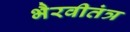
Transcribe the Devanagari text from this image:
भैरवीतंत्र